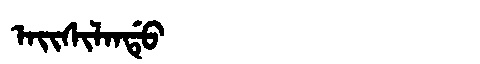
Manchu: ᠠᡳᠰᡳᠯᠠᠨᡩᡠ
Romanization: AISILANDU